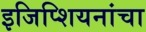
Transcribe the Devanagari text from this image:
इजिप्शियनांचा